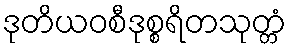
ဒုတိယဝစီဒုစ္စရိတသုတ္တံ